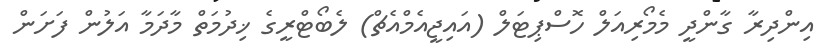
އިންދިރާ ގާންދީ މެމޯރިއަލް ހޮސްޕިޓަލްް (އައިޖީއެމްއެޗް) ލެބޯޓްރީގެ ޚިދުމަތް މާދަމާ އަލުން ފަށަން